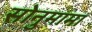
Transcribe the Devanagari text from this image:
सोनुमामा